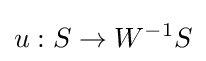
u:S\to W^{-1}S